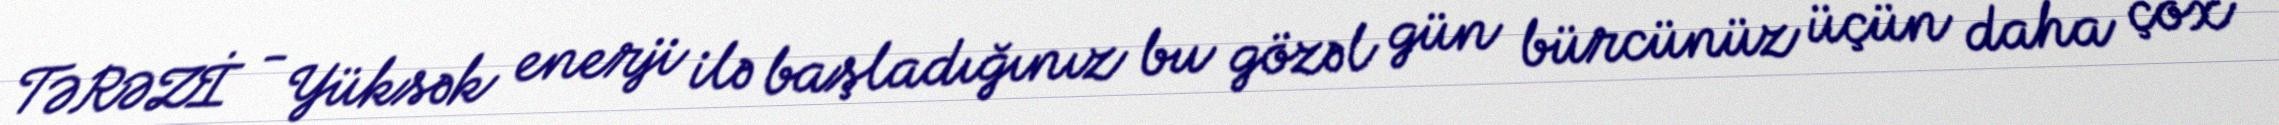
TƏRƏZİ - Yüksək enerji ilə başladığınız bu gözəl gün bürcünüz üçün daha çox